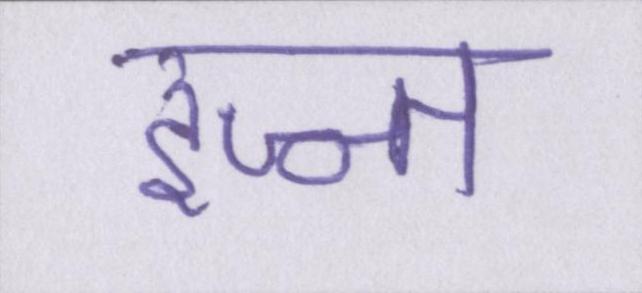
इज्ज्त